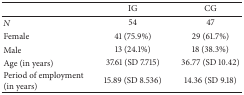
<table><thead><tr><td><b> </b></td><td><b>IG</b></td><td><b>CG</b></td></tr></thead><tbody><tr><td><i>N</i></td><td>54</td><td>47</td></tr><tr><td>Female</td><td>41 (75.9%)</td><td>29 (61.7%)</td></tr><tr><td>Male</td><td>13 (24.1%)</td><td>18 (38.3%)</td></tr><tr><td>Age (in years)</td><td>37.61 (SD 7.715)</td><td>36.77 (SD 10.42)</td></tr><tr><td>Period of employment(in years)</td><td>15.89 (SD 8.536)</td><td>14.36 (SD 9.18)</td></tr></tbody></table>